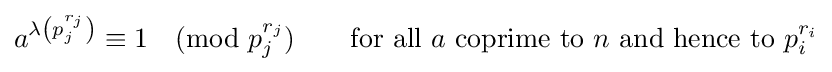
a^{\lambda \left(p_{j}^{r_{j}}\right)}\equiv 1{\pmod {p_{j}^{r_{j}}}}\qquad {\text{for all }}a{\text{ coprime to }}n{\text{ and hence to }}p_{i}^{r_{i}}